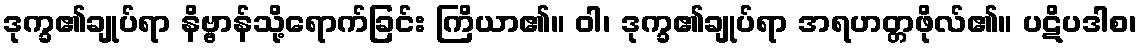
ဒုက္ခ၏ချုပ်ရာ နိဗ္ဗာန်သို့ရောက်ခြင်း ကြိယာ၏။ ဝါ၊ ဒုက္ခ၏ချုပ်ရာ အရဟတ္တဖိုလ်၏။ ပဋိပဒါစ၊